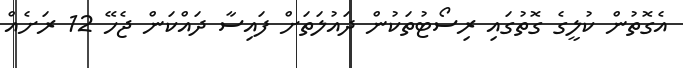
އެގޮތުން ކުލީގެ ގޮތުގައި ރިސޯޓުތަކުން ދައުލަތަށް ފައިސާ ދައްކަން ޖެހޭ 12 ރަށެއް